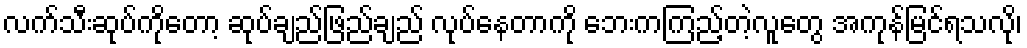
လက်သီးဆုပ်ကိုတော့ ဆုပ်ချည်ဖြည်ချည် လုပ်နေတာကို ဘေးကကြည့်တဲ့လူတွေ အကုန်မြင်ရသလို၊